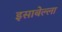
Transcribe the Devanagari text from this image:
इसाबेल्ला